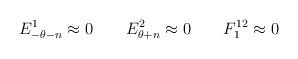
\begin{align*} E^1_{-\theta-n}\approx{}0 \qquad E^2_{\theta+n}\approx{}0\qquad F^{12}_{1}\approx{}0\end{align*}